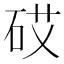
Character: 砹